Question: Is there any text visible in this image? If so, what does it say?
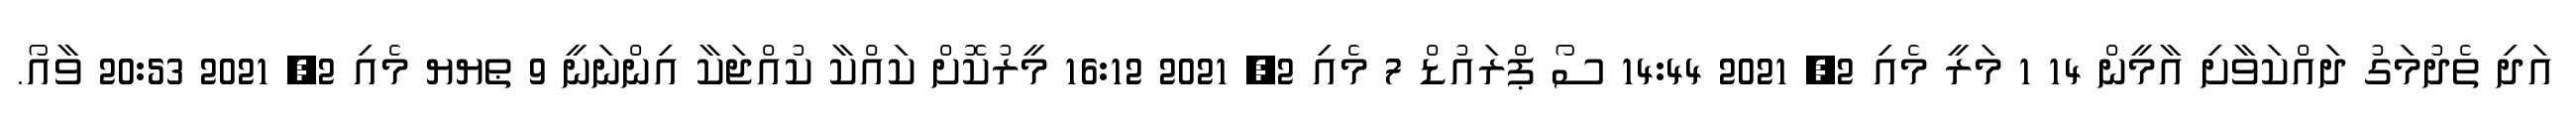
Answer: އަދި ތެދުމަގު ދައްކަވާށި އާމީން 14 1 މަރީ މެއި 2, 2021 14:44 ސޯ ޕްރައުޑް 7 މެއި 2, 2021 16:12 މީރުކޮށް ކައްކާ ކުއްޖަކާ އިންނަނީ 9 ޠޔޔ މެއި 2, 2021 20:53 ވާއޯ.